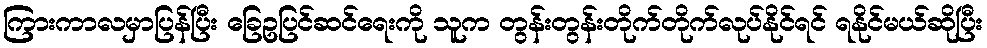
ကြားကာလမှာပြန်ပြီး ခြေဥပြင်ဆင်ရေးကို သူက တွန်းတွန်းတိုက်တိုက်လုပ်နိုင်ရင် ရနိုင်မယ်ဆိုပြီး